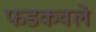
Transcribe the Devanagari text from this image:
फडकवले